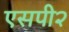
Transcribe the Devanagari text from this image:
एसपी२